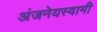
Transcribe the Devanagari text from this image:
अंजनेयस्‍वामी